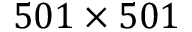
5 0 1 \times 5 0 1